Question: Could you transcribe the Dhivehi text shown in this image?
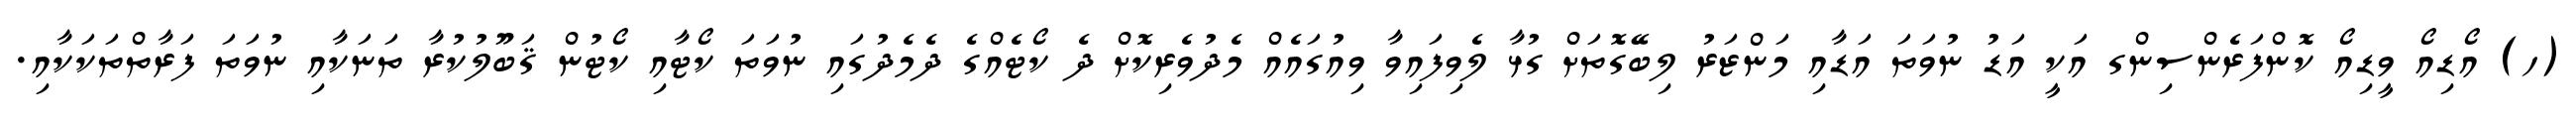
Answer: (ހ) އޯޑިއޯ ވީޑިއޯ ކޮންފަރެންސިންގ އަކީ އަޑު ނުވަތަ އަޑާއި މަންޒަރު ލިބޭގޮތަށް ގުޅާ ލެވިފައިވާ ވިއުގައެއް މެދުވެރިކޮށް ދެ ކޯޓެއްގެ ދެމެދުގައި ނުވަތަ ކޯޓާއި ކޯޓުން ޤަބޫލުކުރާ ތަނަކާއި ނުވަތަ ފަރާތްތަކަކާއި.